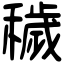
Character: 穢